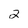
Character: 2